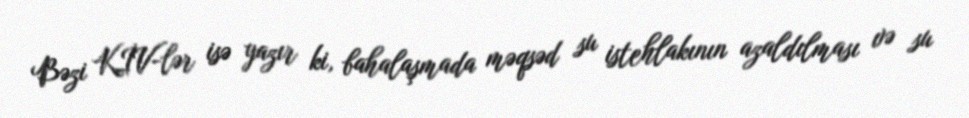
Bəzi KİV-lər isə yazır ki, bahalaşmada məqsəd su istehlakının azaldılması və su